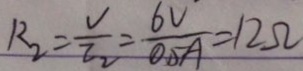
R _ { 2 } = \frac { V } { I _ { 2 } } = \frac { 6 V } { 0 . 5 A } = 1 2 \Omega